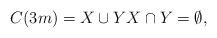
LaTeX: \begin{align*}C(3m)=X \cup Y X \cap Y =\emptyset,\end{align*}